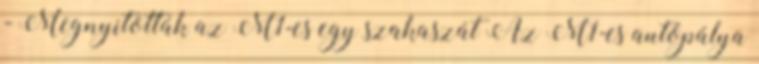
- Megnyitották az M1-es egy szakaszát Az M1-es autópálya